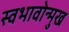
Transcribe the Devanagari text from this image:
स्वभावोन्मुख